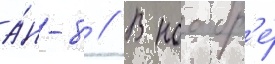
а́н-8 // В ноабр'е́